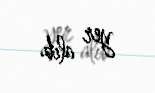
yer alıb.